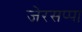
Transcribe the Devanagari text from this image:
जेरसप्पा